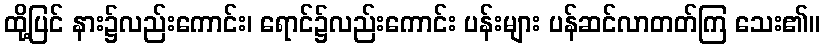
ထို့ပြင် နား၌လည်းကောင်း၊ ရောင်၌လည်းကောင်း ပန်းများ ပန်ဆင်လာတတ်ကြ သေး၏။